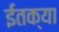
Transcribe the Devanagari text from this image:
ईतक्या